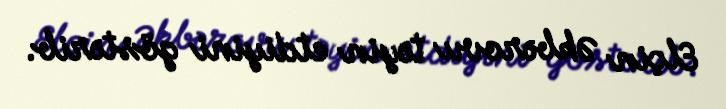
Elçin Əkbərovu təyin etdiyini göstərib.